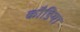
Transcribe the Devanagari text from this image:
कौङिया